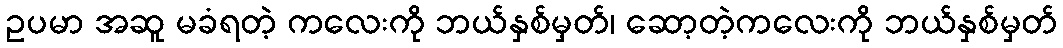
ဥပမာ အဆူ မခံရတဲ့ ကလေးကို ဘယ်နှစ်မှတ်၊ ဆော့တဲ့ကလေးကို ဘယ်နှစ်မှတ်